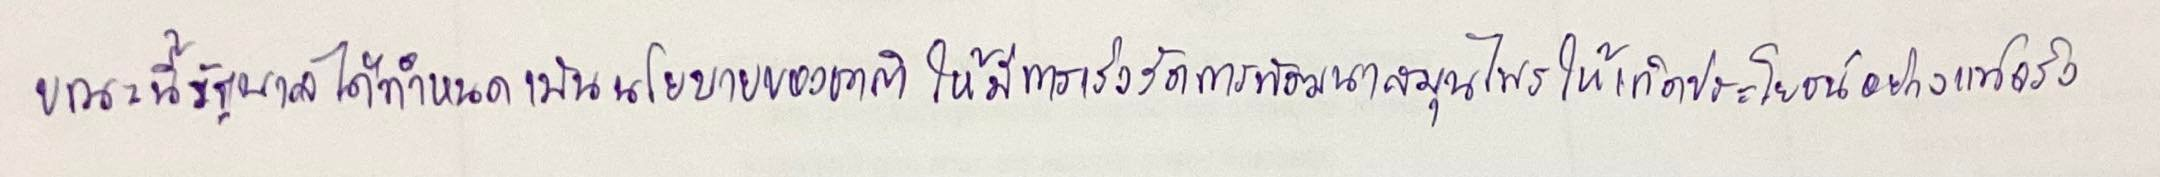
ขณะนี้รัฐบาลได้กำหนดเป็นนโยบายของชาติให้มีการเร่งรัดการพัฒนาสมุนไพรให้เกิดประโยชน์อย่างแท้จริง